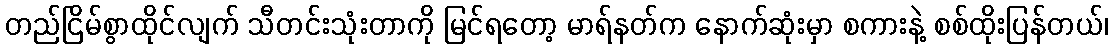
တည်ငြိမ်စွာထိုင်လျက် သီတင်းသုံးတာကို မြင်ရတော့ မာရ်နတ်က နောက်ဆုံးမှာ စကားနဲ့ စစ်ထိုးပြန်တယ်၊